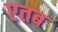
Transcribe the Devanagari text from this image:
एतब